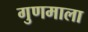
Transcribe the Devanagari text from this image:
गुणमाला